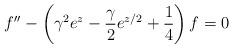
LaTeX: \begin{align*} f''-\left(\gamma^2 e^z-\frac{\gamma}{2} e^{z/2}+\frac{1}{4}\right)f=0 \end{align*}